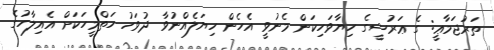
ތަރުޖަމާޢީ: ގެ ޢަރުޝީގެ ހިޔާވަހިކަން މެނުވީ އެހެން ހިޔަލެއްނުވާ ދުވަހު ހަތްމީހަކަށް އެއިލާހުގެ